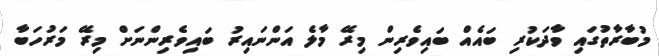
މުބާރާތުގައި ވާދަކުރި ބައެއް ބައިވެރިން މިރޭ މާލެ އަންނައިރު ބައިވެރިންނަށް މިރޭ މަރުހަބާ